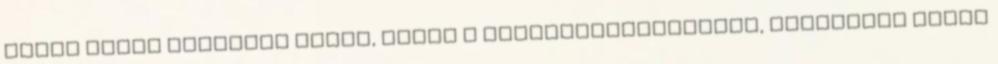
hírek Nesze Aktuális hírek, Hírek a tömegközlekedésből, Tagozatok hírei